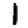
Digit: 1